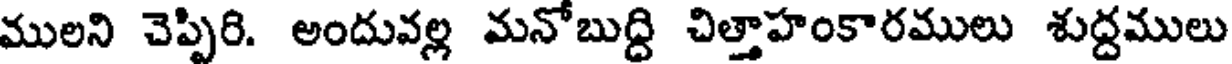
ములని చెప్పిరి. అందువల్ల మనోబుద్ది చిత్తాహంకారములు శుద్దములు